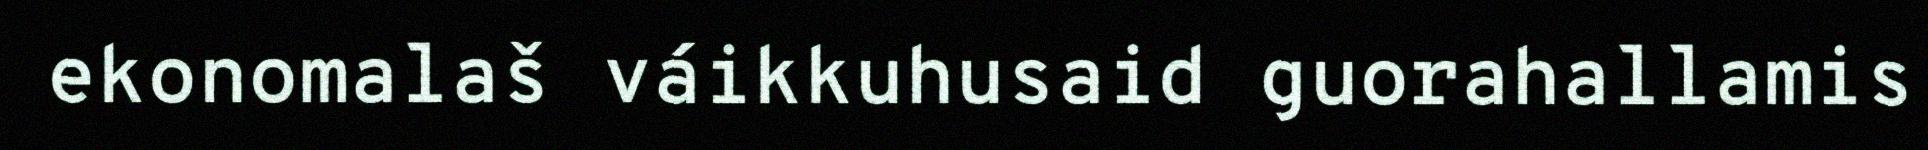
ekonomalaš váikkuhusaid guorahallamis